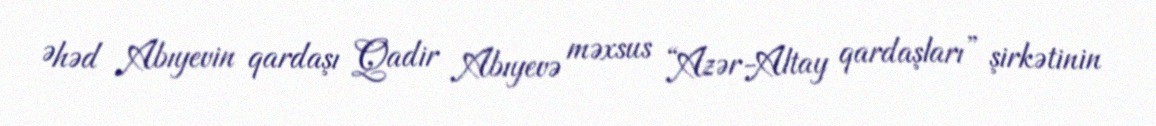
Əhəd Abıyevin qardaşı Qadir Abıyevə məxsus “Azər-Altay qardaşları” şirkətinin